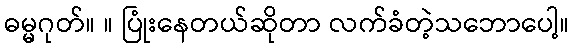
ဓမ္မဂုတ်။ ။ ပြုံးနေတယ်ဆိုတာ လက်ခံတဲ့သဘောပေါ့။